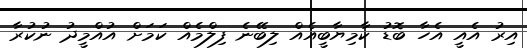
އިރު އެއީ އެހާ ބޮޑު ކާމިޔާބީއެއް ލިބޭނެ ފިލްމެއް ކަމަށް އުއްމީދު ނުކުރާ